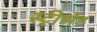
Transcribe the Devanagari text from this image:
स्ट्रीसेंड